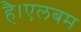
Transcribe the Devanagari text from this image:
है।एलबम